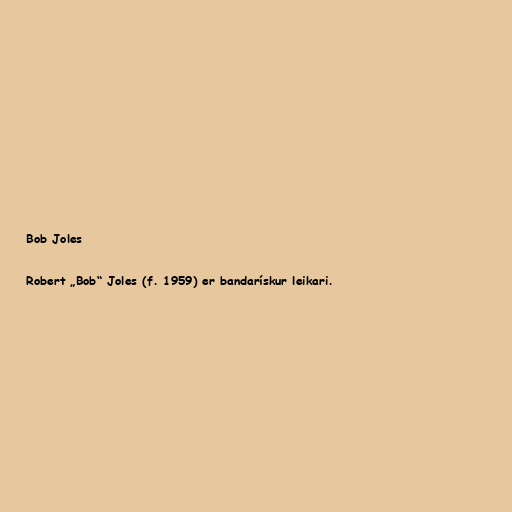
Bob Joles

Robert „Bob“ Joles (f. 1959) er bandarískur leikari.